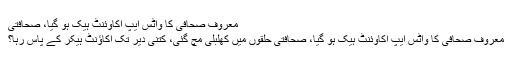
معروف صحافی کا واٹس ایپ اکاوئنٹ ہیک ہو گیا، صحافتی
معروف صحافی کا واٹس ایپ اکاوئنٹ ہیک ہو گیا، صحافتی حلقوں میں کھلبلی مچ گئی، کتنی دیر تک اکاﺅنٹ ہیکر کے پاس رہا؟